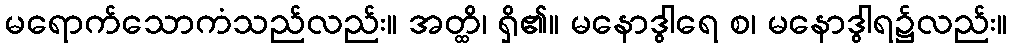
မရောက်သောကံသည်လည်း။ အတ္ထိ၊ ရှိ၏။ မနောဒွါရေ စ၊ မနောဒွါရ၌လည်း။